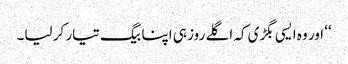
‘‘ اور وہ ایسی بگڑی کہ اگلے روز ہی اپنا بیگ تیار کر لیا۔